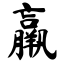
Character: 羸